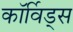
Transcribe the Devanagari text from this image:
कॉर्विड्स